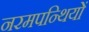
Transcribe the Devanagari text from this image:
नरमपन्थियों